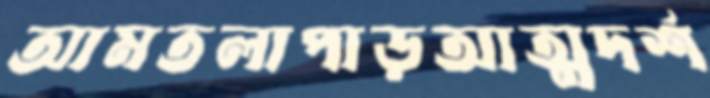
আমতলাপাড়আত্মদর্শ